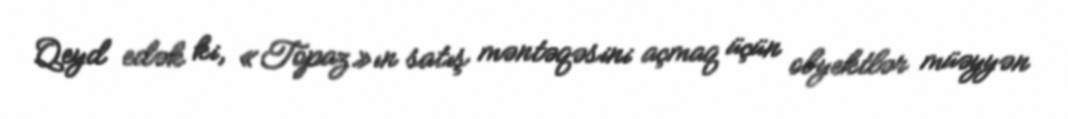
Qeyd edək ki, «Topaz»ın satış məntəqəsini açmaq üçün obyektlər müəyyən